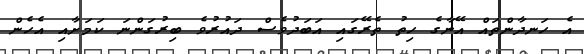
އެ ހަނދާންތައް އޭނާގެ ހިތު ތެރޭގައި އަބަދުވެސް ދައުރުވެ ބިރުގަންނަ ކަމަށާއި އެހެން